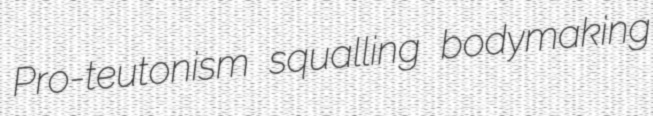
Pro-teutonism squalling bodymaking